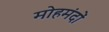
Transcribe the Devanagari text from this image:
मोहमंदों